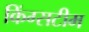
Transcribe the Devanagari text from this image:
किंग्सटीम